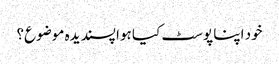
خود اپنا پوسٹ کیا ہوا پسندیدہ موضوع؟